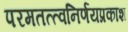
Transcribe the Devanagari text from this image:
परमतत्त्वनिर्णयप्रकाश